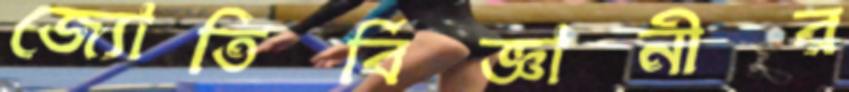
জ্যোতির্বিজ্ঞানীর